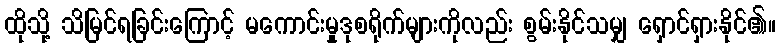
ထိုသို့ သိမြင်ရခြင်းကြောင့် မကောင်းမှုဒုစရိုက်များကိုလည်း စွမ်းနိုင်သမျှ ရှောင်ရှားနိုင်၏။